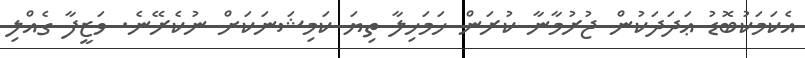
އެކަމަކުބޮޑު ޢަދަދަކުން ޖުރުމާނާ ކުރަން ހަމަހިލާ ތިޔަ ކަމިޝަނަކަށް ނުކެރޭނެ. ވަޒީފާ ގެއްލި